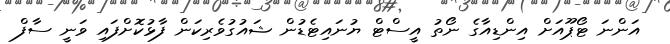
އަންނަ ޓޯޕޫއަށް އިންޑިއާގެ ނޯތު އީސްޓް ޔުނައިޓެޑުން ޝައުގުވެރިކަން ފާޅުކޮށްފައި ވަނީ ސާފް